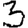
Digit: 3